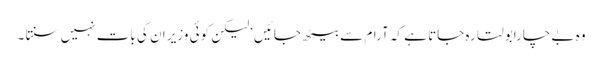
وہ بے چارابولتا رہ جاتا ہے کہ آرام سے بیٹھ جائیں‘ لیکن کوئی وزیر ان کی بات نہیں سنتا ۔